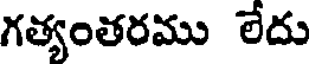
గత్యంతరము లేదు